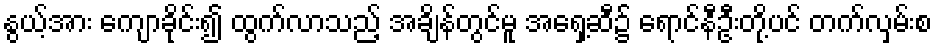
နွယ့်အား ကျောခိုင်း၍ ထွက်လာသည့် အချိန်တွင်မူ အရှေ့ဆီ၌ ရောင်နီဦးတို့ပင် တက်လှမ်းစ